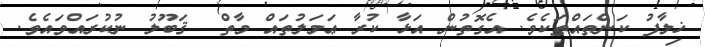
ޚިލާފު ކަންތައްތަކެވެ. އެގޮތުން އަޅާ ކުރާ ޢަމަލުތައް މާތް  ޤަބޫލު ނުކުރައްވައެވެ.